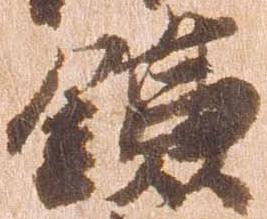
鎌